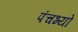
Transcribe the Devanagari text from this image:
पंचभ्यो